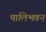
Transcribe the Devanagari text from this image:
पालिभवन